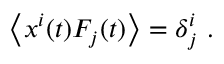
\left\langle x ^ { i } ( t ) F _ { j } ( t ) \right\rangle = \delta _ { j } ^ { i } \ .